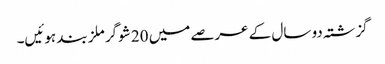
گزشتہ دو سال کے عرصے میں 20 شوگر ملز بند ہوئیں۔